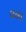
લલા